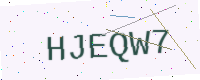
Text: HJEQW7